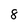
Character: 8